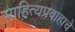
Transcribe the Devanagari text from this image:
साहित्यप्रवाहाचे